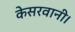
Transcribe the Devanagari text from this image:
केसरवानी।